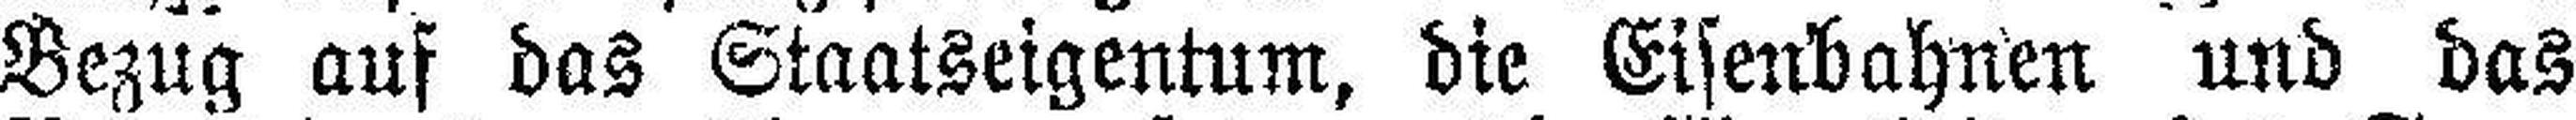
Bezug auf das Staatseigentum, die Eisenbahnen und das